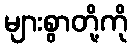
များစွာတို့ကို